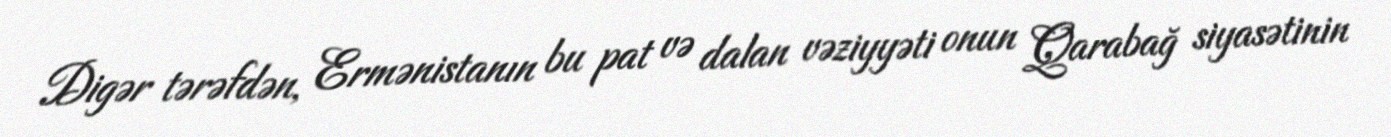
Digər tərəfdən, Ermənistanın bu pat və dalan vəziyyəti onun Qarabağ siyasətinin